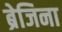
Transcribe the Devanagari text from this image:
ब्रेजिना